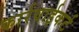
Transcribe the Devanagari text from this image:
कार्रवाईकर्ट